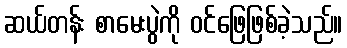
ဆယ်တန်း စာမေးပွဲကို ဝင်ဖြေဖြစ်ခဲ့သည်။